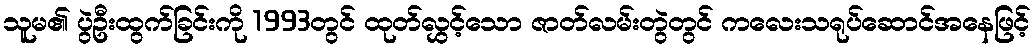
သူမ၏ ပွဲဦးထွက်ခြင်းကို 1993တွင် ထုတ်လွှင့်သော ဇာတ်လမ်းတွဲတွင် ကလေးသရုပ်ဆောင်အနေဖြင့်